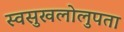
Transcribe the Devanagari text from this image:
स्वसुखलोलुपता